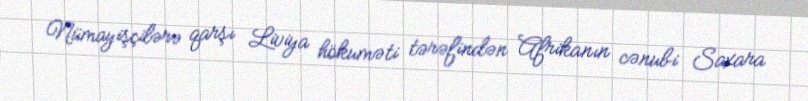
Nümayişçilərə qarşı Liviya hökuməti tərəfindən Afrikanın cənubi Saxara